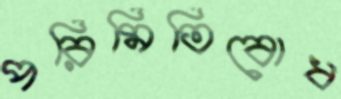
পরিমিতিবোধ